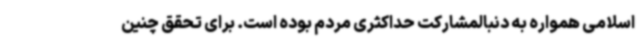
اسلامی همواره به دنبالمشارکت حداکثری مردم بوده است. برای تحقق چنین